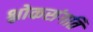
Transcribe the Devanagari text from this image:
श्लोकसंगति